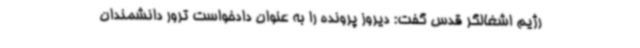
رژیم اشغالگر قدس گفت: دیروز پرونده را به عنوان دادخواست ترور دانشمندان